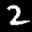
Label: 2